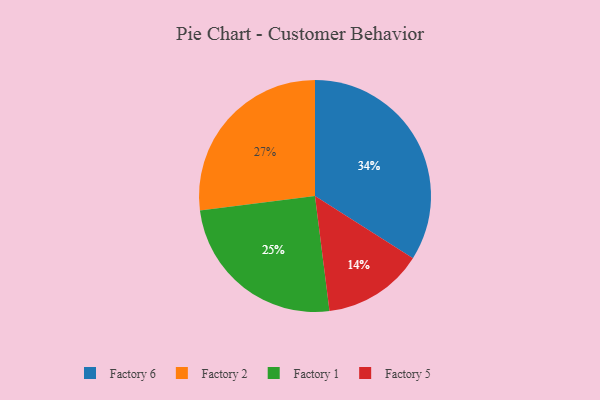
{"axis": {"x": "Category", "y": "Percentage"}, "legend": ["Factory 1", "Factory 2", "Factory 5", "Factory 6"], "data": [{"x": "Factory 5", "y": 14, "type": "Factory 5"}, {"x": "Factory 2", "y": 27, "type": "Factory 2"}, {"x": "Factory 1", "y": 25, "type": "Factory 1"}, {"x": "Factory 6", "y": 34, "type": "Factory 6"}]}